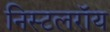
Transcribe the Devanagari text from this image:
निस्टलरॉय